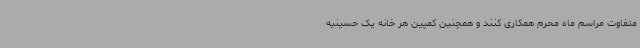
متفاوت مراسم ماه محرم همکاری کنند و همچنین کمپین هر خانه یک حسینیه